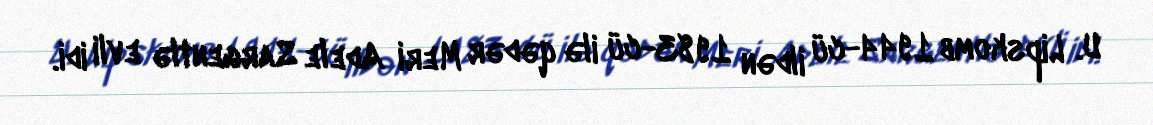
U. Lipskomb 1944-cü ildən 1983-cü ilə qədər Meri Adele Sargentlə evli idi.